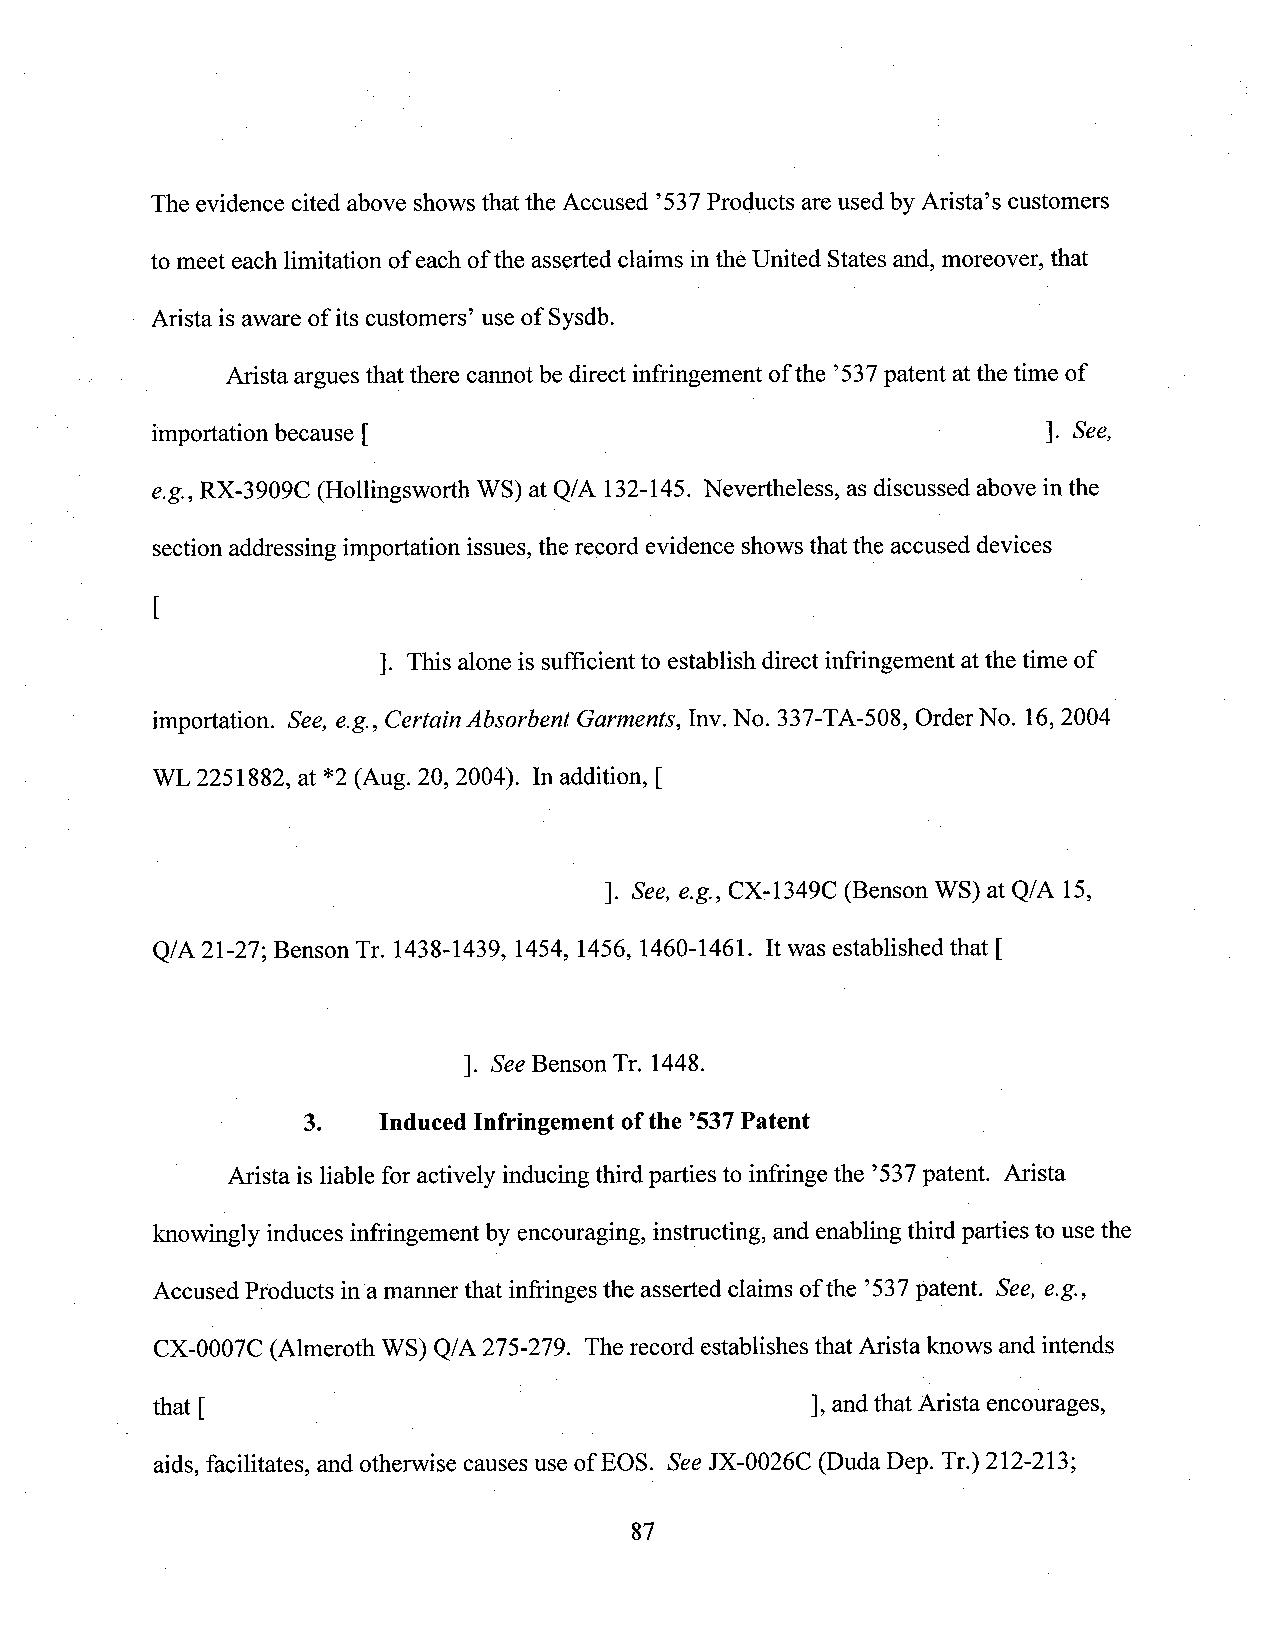
The evidence cited above shows thatthe Accused ’537Products areused by Arista’s customers
 tomeet each limitation ofeachofthe assertedclaims inthe United Statesand, moreover, that
 Arista isaware of its customers’ use of Sysdb.
 -Arista argues that there cannot bedirect infringement ofthe ’537patent at the time of
 importation because [                                      ]. See,
 e.g., RX-3909C (Hollingsworth WS) at Q/A 132-145. Nevertheless, as discussed above in the
 sectionaddressing importation issues,the record evidence shows thatthe accused devices
 [                                           .
 ]. This alone is sufficientto establish direct infringement atthe time of
 importation. See, e.g., Certain Absorbent Garments, Inv.No. 337-TA-508, OrderNo. 16,2004
 WL 2251882, at *2 (Aug. 20, 2004). In addition, [
 V_                 ]. See, e.g., CX-1349C (Benson WS) at Q/A 15,
 Q/A 21-27; Benson Tr. 1438-1439, 1454, 1456, 1460-1461. It was established that [
 ]. See Benson Tr. 1448.
 3.   Induced Infringement ofthe ’537Patent   _
 Arista is liable foractively inducingthird parties to infringethe ’537patent. Arista
 knowingly induces infringement by encouraging, instructing, and enabling third parties to use the
 Accused Products ina manner that infringesthe asserted claims ofthe ’537patent. See, e.g.,
 CX-0007C (Almeroth WS) Q/A275-279. The record establishes that Arista knows and intends
 that [                                      ], andthat Arista encourages,
 aids, facilitates, and otherwise causes useof EOS. SeeJX-0026C (Duda Dep. Tr.) 212-213;
 87